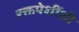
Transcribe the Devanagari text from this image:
रक्तपेशींशी